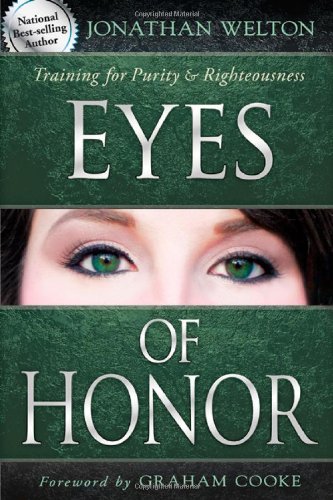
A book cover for Eyes of Honor: Training for Purity and Righteousness; Jonathan Welton; Christian Books & Bibles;